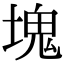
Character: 塊